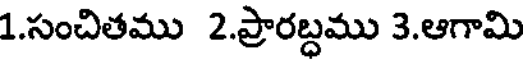
1.సంచితము 2.ప్రారబ్ధము 3.ఆగామి